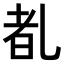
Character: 𪜕